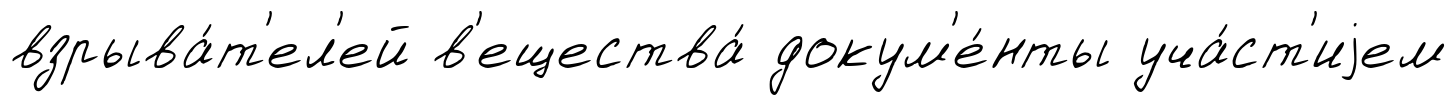
взрыва́т'ел'ей в'ещества́ докум'е́нты уча́ст'иjем